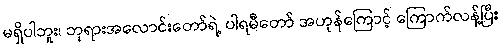
မရှိပါဘူး၊ ဘုရားအလောင်းတော်ရဲ့ ပါရမီတော် အဟုန်ကြောင့် ကြောက်လန့်ပြီး